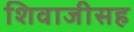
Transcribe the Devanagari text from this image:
शिवाजीसह